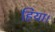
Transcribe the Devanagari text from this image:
हिया।